65_HS1-834228961_62-HQ-83894_Section_6
Agency: FBI
Page 12
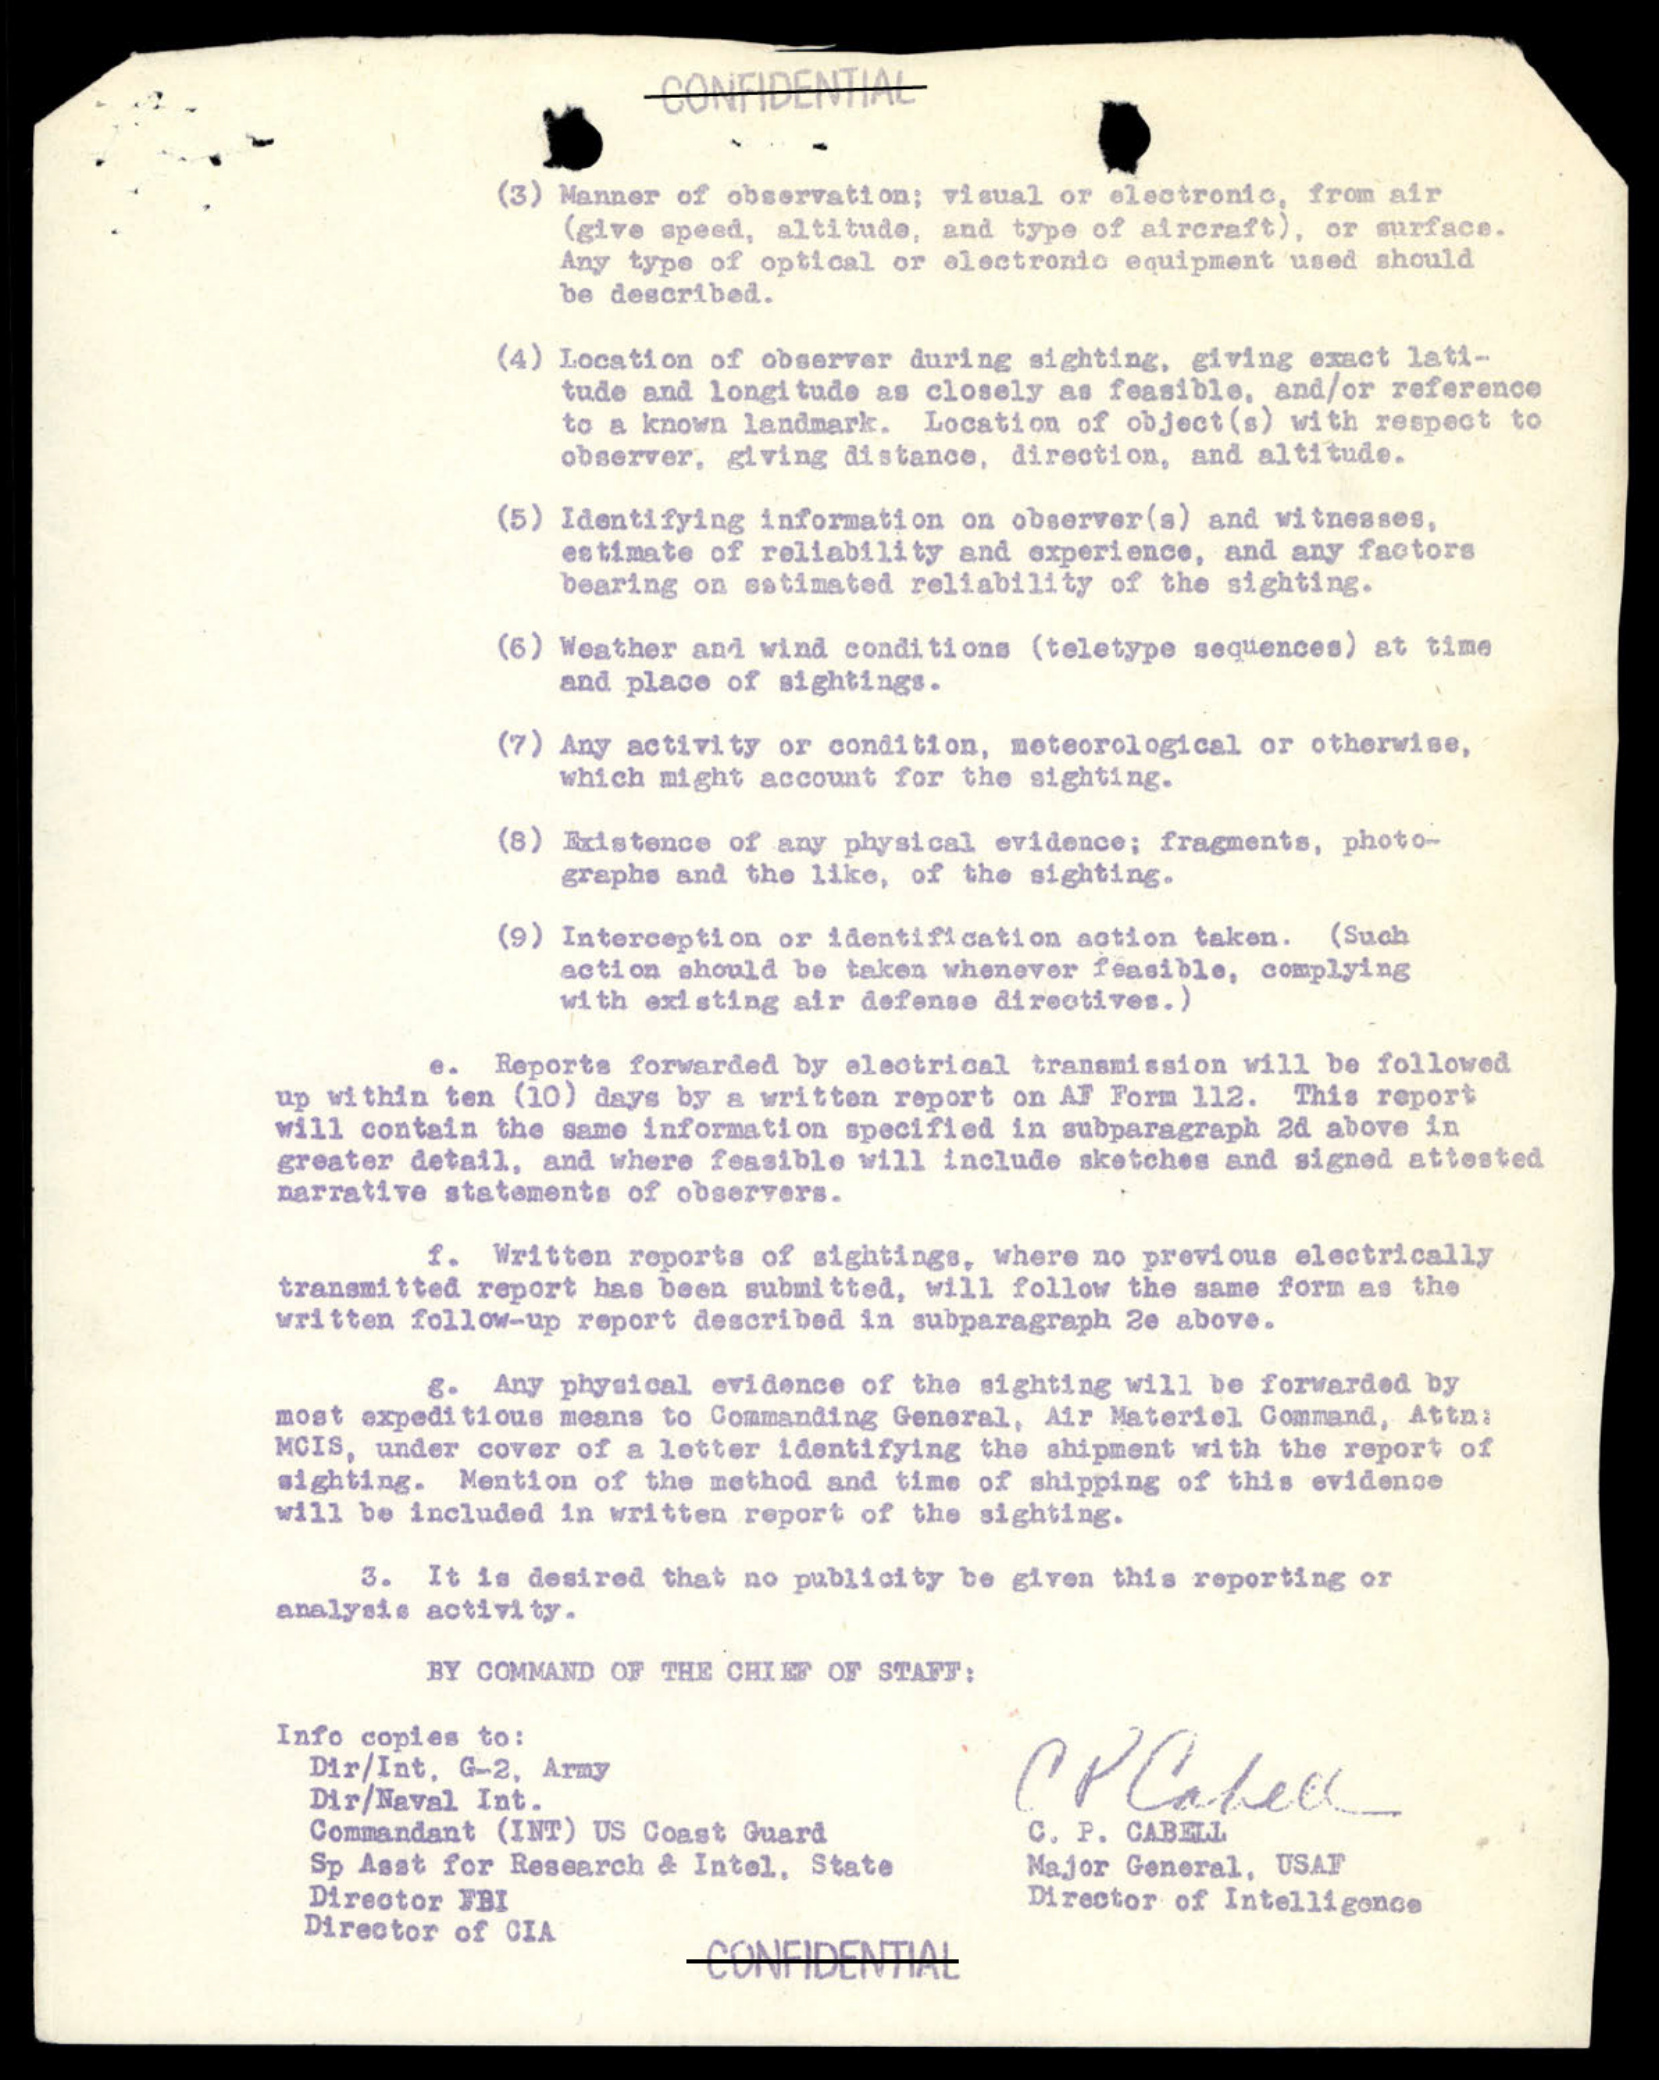